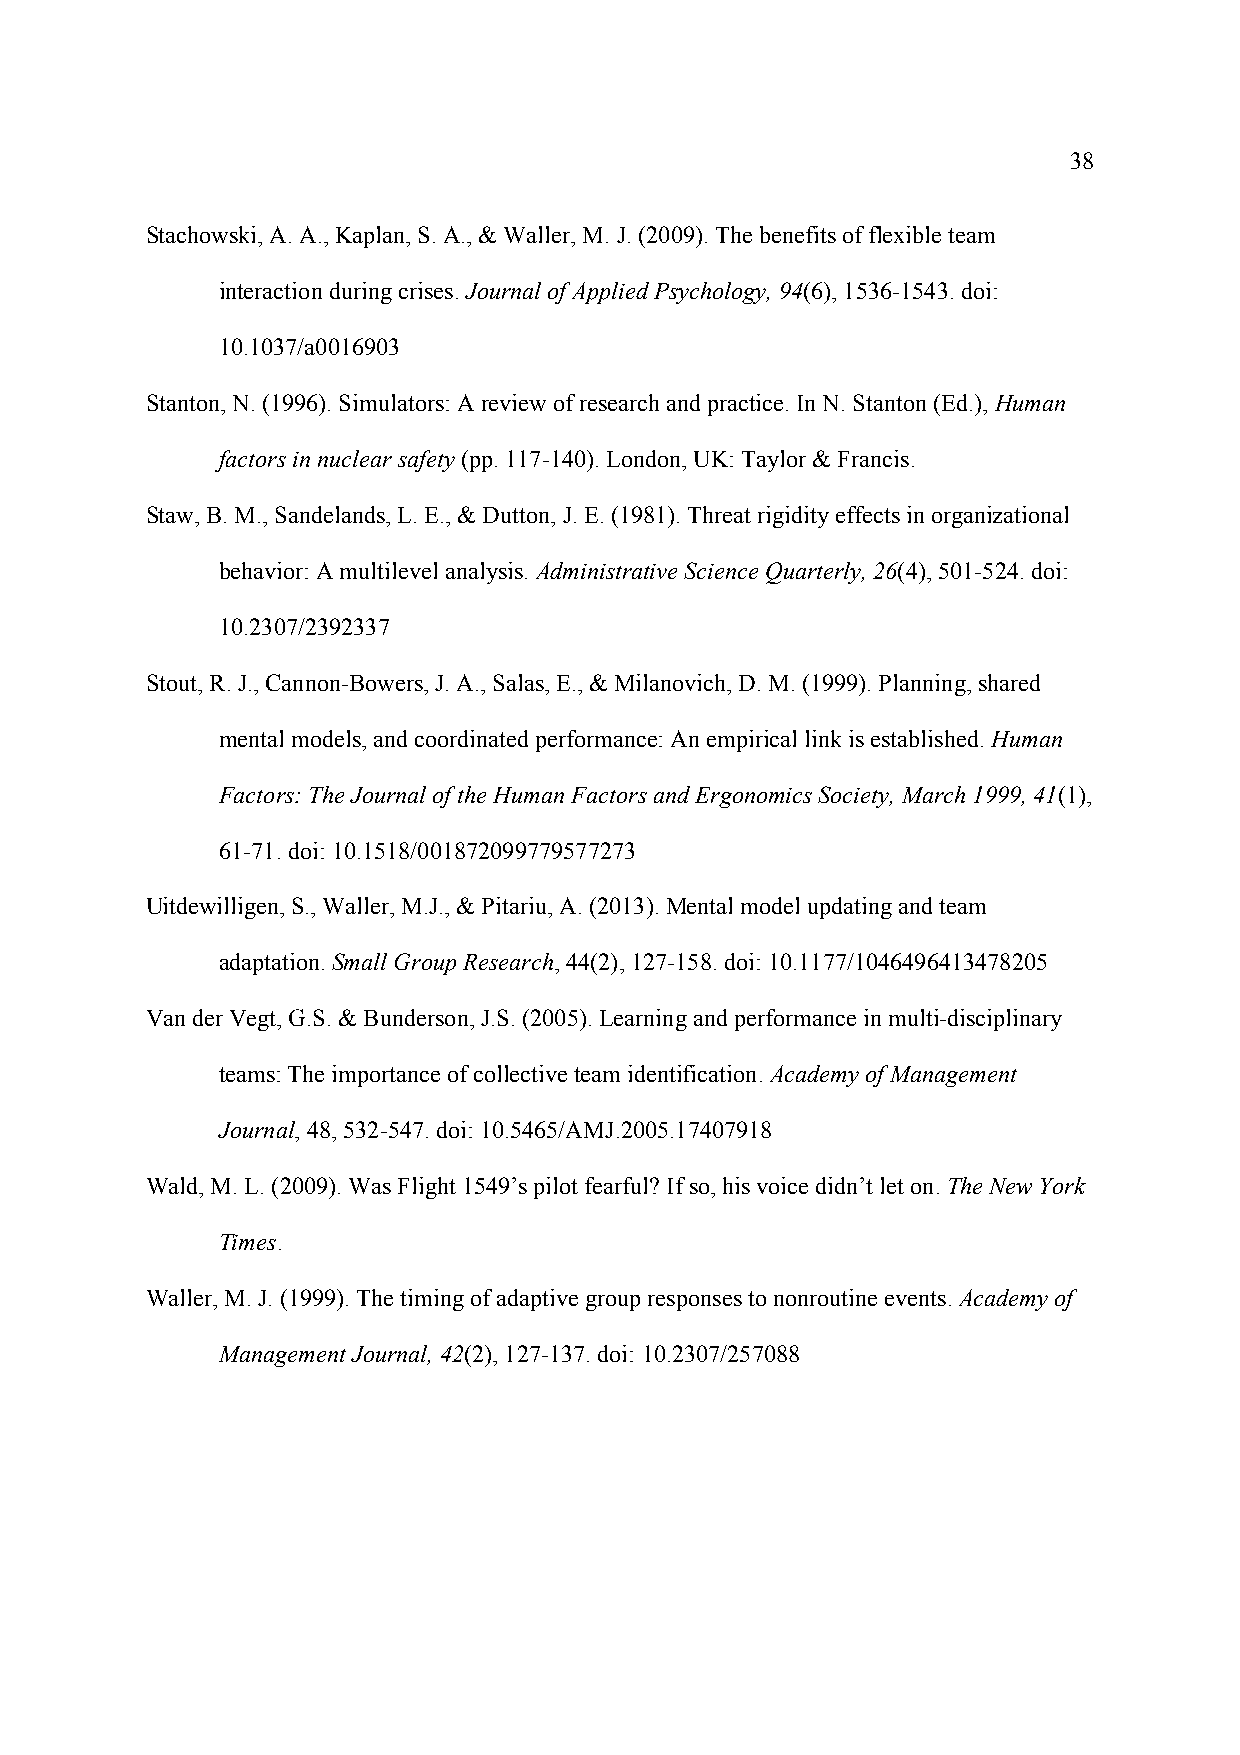
38
 Stachowski, A. A., Kaplan, S. A., & Waller, M. J. (2009). The benefits of flexible team
 interaction during crises. Journal of Applied Psychology, 94(6), 1536-1543. doi:
 10.1037/a0016903
 Stanton, N. (1996). Simulators: A review of research and practice. In N. Stanton (Ed.), Human
 factors in nuclear safety (pp. 117-140). London, UK: Taylor & Francis.
 Staw, B. M., Sandelands, L. E., & Dutton, J. E. (1981). Threat rigidity effects in organizational
 behavior: A multilevel analysis. Administrative Science Quarterly, 26(4), 501-524. doi:
 10.2307/2392337
 Stout, R. J., Cannon-Bowers, J. A., Salas, E., & Milanovich, D. M. (1999). Planning, shared
 mental models, and coordinated performance: An empirical link is established. Human
 Factors: The Journal of the Human Factors and Ergonomics Society, March 1999, 41(1),
 61-71. doi: 10.1518/001872099779577273
 Uitdewilligen, S., Waller, M.J., & Pitariu, A. (2013). Mental model updating and team
 adaptation. Small Group Research, 44(2), 127-158. doi: 10.1177/1046496413478205
 Van der Vegt, G.S. & Bunderson, J.S. (2005). Learning and performance in multi-disciplinary
 teams: The importance of collective team identification. Academy of Management
 Journal, 48, 532-547. doi: 10.5465/AMJ.2005.17407918
 Wald, M. L. (2009). Was Flight 1549’s pilot fearful? If so, his voice didn’t let on. The New York
 Times.
 Waller, M. J. (1999). The timing of adaptive group responses to nonroutine events. Academy of
 Management Journal, 42(2), 127-137. doi: 10.2307/257088